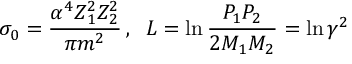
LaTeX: \sigma _ { 0 } = \frac { \alpha ^ { 4 } Z _ { 1 } ^ { 2 } Z _ { 2 } ^ { 2 } } { \pi m ^ { 2 } } \, , \; \; L = \ln { \frac { P _ { 1 } P _ { 2 } } { 2 M _ { 1 } M _ { 2 } } } = \ln { \gamma ^ { 2 } }